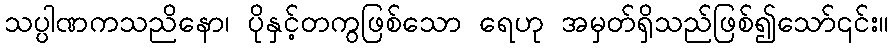
သပ္ပါဏကသညိနော၊ ပိုနှင့်တကွဖြစ်သော ရေဟု အမှတ်ရှိသည်ဖြစ်၍သော်၎င်း။